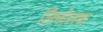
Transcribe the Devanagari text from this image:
लिनोलक